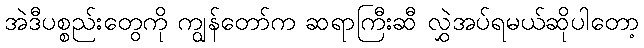
အဲဒီပစ္စည်းတွေကို ကျွန်တော်က ဆရာကြီးဆီ လွှဲအပ်ရမယ်ဆိုပါတော့